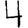
Digit: 4